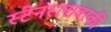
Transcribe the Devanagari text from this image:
स्टेनस्लावस्की